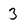
Character: 3